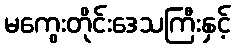
မကွေးတိုင်းဒေသကြီးနှင့်